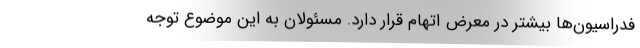
فدراسیون‌ها بیشتر در معرض اتهام قرار دارد. مسئولان به این موضوع توجه